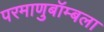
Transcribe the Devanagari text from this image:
परमाणुबॉम्बला